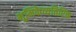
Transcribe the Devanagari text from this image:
भूमिकेव्यतिरिक्त